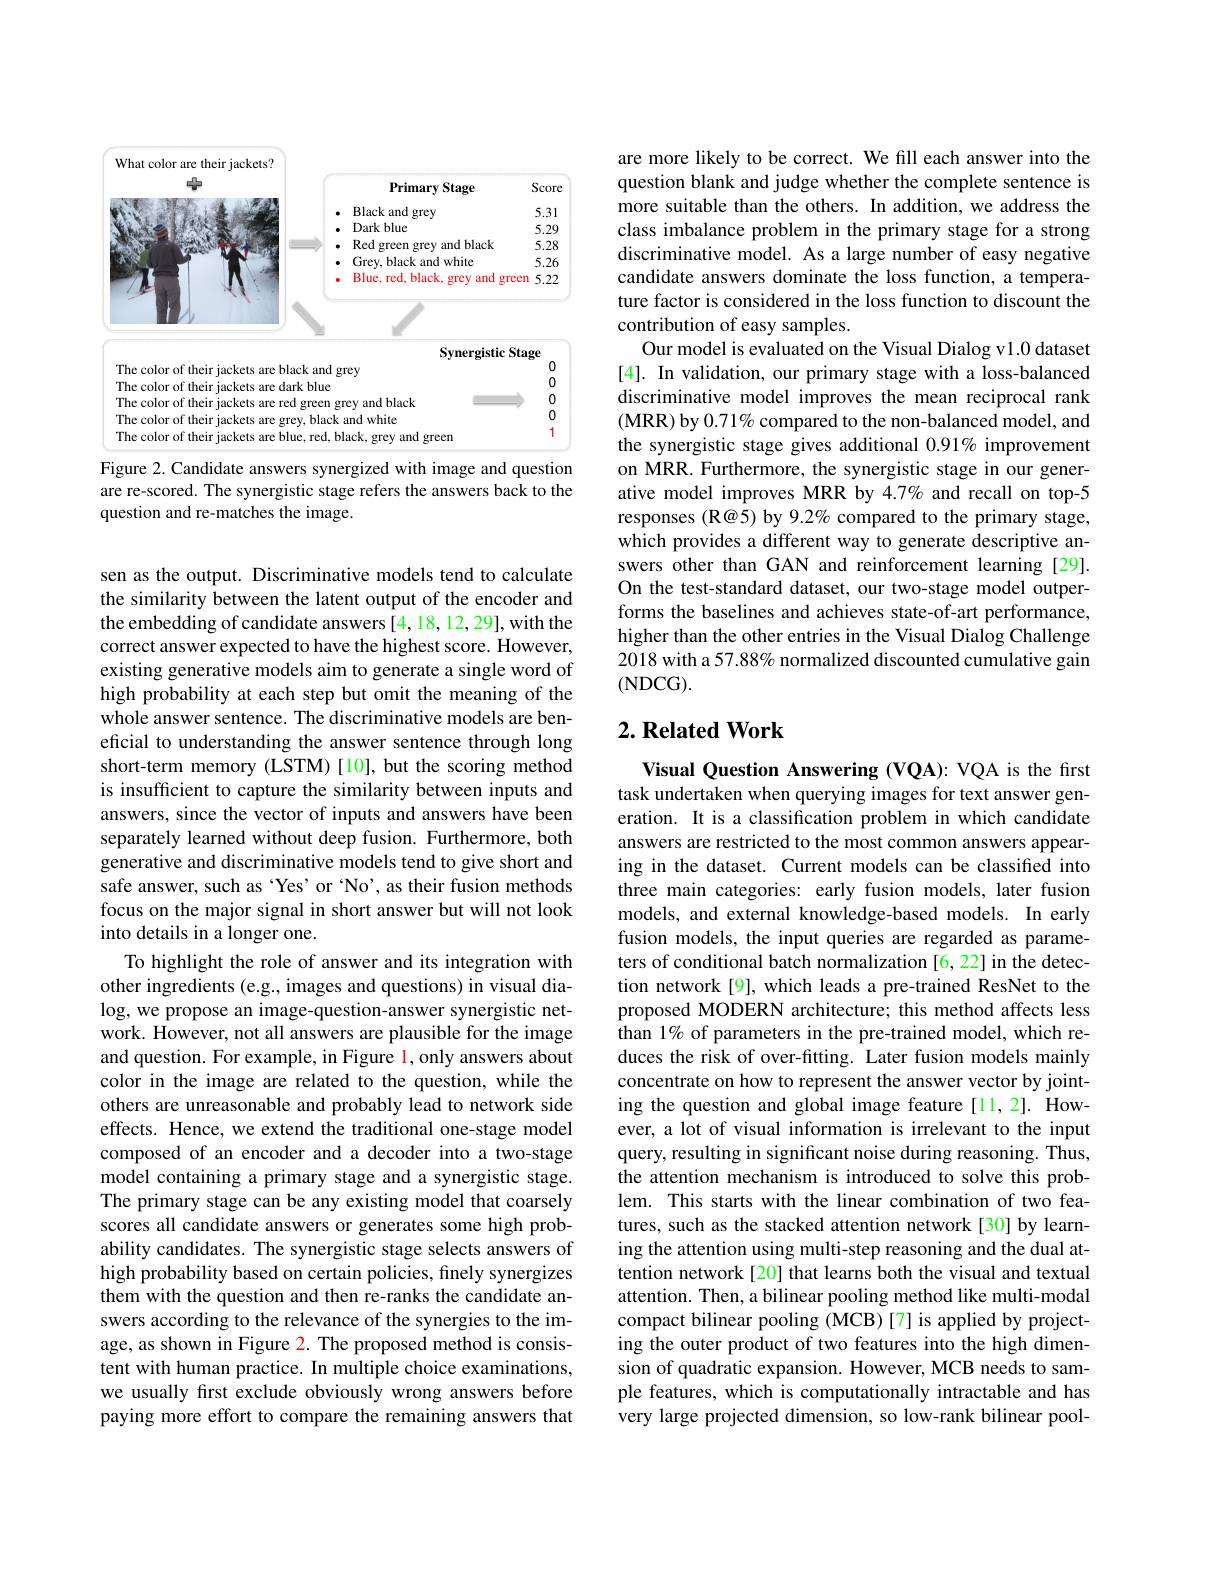
<FigureHere>
Figure 2. Candidate answers synergized with image and question

are re-scored. The synergistic stage refers the answers back to the
question and re-matches the image.

sen as the output. Discriminative models tend to calculate the similarity between the latent output of the encoder and the embedding of candidate answers[4,18,12,29], with the correct answer expected to have the highest score. However, existing generative models aim to generate a single word of high probability at each step but omit the meaning of the whole answer sentence. The discriminative models are beneficial to understanding the answer sentence through long short-term memory (LSTM) [10], but the scoring method is insufficient to capture the similarity between inputs and answers, since the vector of inputs and answers have been separately learned without deep fusion. Furthermore, both generative and discriminative models tend to give short and safe answer, such as ‘Yes’or‘No', as their fusion methods focus on the major signal in short answer but will not look into details in a longer one.
To highlight the role of answer and its integration with other ingredients (e.g., images and questions) in visual dialog, we propose an image-question-answer synergistic network. However, not all answers are plausible for the image and question. For example, in Figure l, only answers about color in the image are related to the question, while the others are unreasonable and probably lead to network side effects. Hence, we extend the traditional one-stage model composed of an encoder and a decoder into a two-stage model containing a primary stage and a synergistic stage. The primary stage can be any existing model that coarsely scores all candidate answers or generates some high probability candidates. The synergistic stage selects answers of high probability based on certain policies, finely synergizes them with the question and then re-ranks the candidate answers according to the relevance of the synergies to the image, as shown in Figure 2. The proposed method is consistent with human practice. In multiple choice examinations, we usually first exclude obviously wrong answers before paying more effort to compare the remaining answers that

are more likely to be correct. We fill each answer into the question blank and judge whether the complete sentence is more suitable than the others. In addition, we address the class imbalance problem in the primary stage for a strong discriminative model. As a large number of easy negative candidate answers dominate the loss function, a temperature factor is considered in the loss function to discount the contribution of easy samples.
Our model is evaluated on the Visual Dialog v1.0 dataset [4]. In validation, our primary stage with a loss-balanced discriminative model improves the mean reciprocal rank (MRR) by $0.71\%$ compared to the non-balanced model, and the synergistic stage gives additional 0.91% improvement on MRR. Furthermore, the synergistic stage in our generative model improves MRR by 4.7% and recall on top-5 responses (R@5) by 9.2% compared to the primary stage, which provides a different way to generate descriptive answers other than GAN and reinforcement learning [29]. On the test-standard dataset, our two-stage model outperforms the baselines and achieves state-of-art performance, higher than the other entries in the Visual Dialog Challenge 2018 with a 57.88% normalized discounted cumulative gain (NDCG).

## $2. \textbf{Related Work}$

Visual Question Answering (VQA): VQA is the first task undertaken when querying images for text answer generation. It is a classification problem in which candidate answers are restricted to the most common answers appearing in the dataset. Current models can be classified into three main categories: early fusion models, later fusion models, and external knowledge-based models. In early fusion models, the input queries are regarded as parameters of conditional batch normalization [6,22] in the detection network[9], which leads a pre-trained ResNet to the proposed MODERN architecture; this method affects less than 1% of parameters in the pre-trained model, which reduces the risk of over-fitting. Later fusion models mainly concentrate on how to represent the answer vector by jointing the question and global image feature [11,2]. However, a lot of visual information is irrelevant to the input query, resulting in significant noise during reasoning. Thus, the attention mechanism is introduced to solve this problem. This starts with the linear combination of two features, such as the stacked attention network[30] by learning the attention using multi-step reasoning and the dual attention network[20] that learns both the visual and textual attention. Then, a bilinear pooling method like multi-modal compact bilinear pooling (MCB)[7] is applied by projecting the outer product of two features into the high dimension of quadratic expansion. However, MCB needs to sample features, which is computationally intractable and has very large projected dimension, so low-rank bilinear pool-